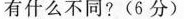
有什么不同?(6分)